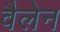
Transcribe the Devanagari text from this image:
वैलेन